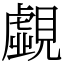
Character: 覷